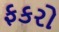
ફકરો